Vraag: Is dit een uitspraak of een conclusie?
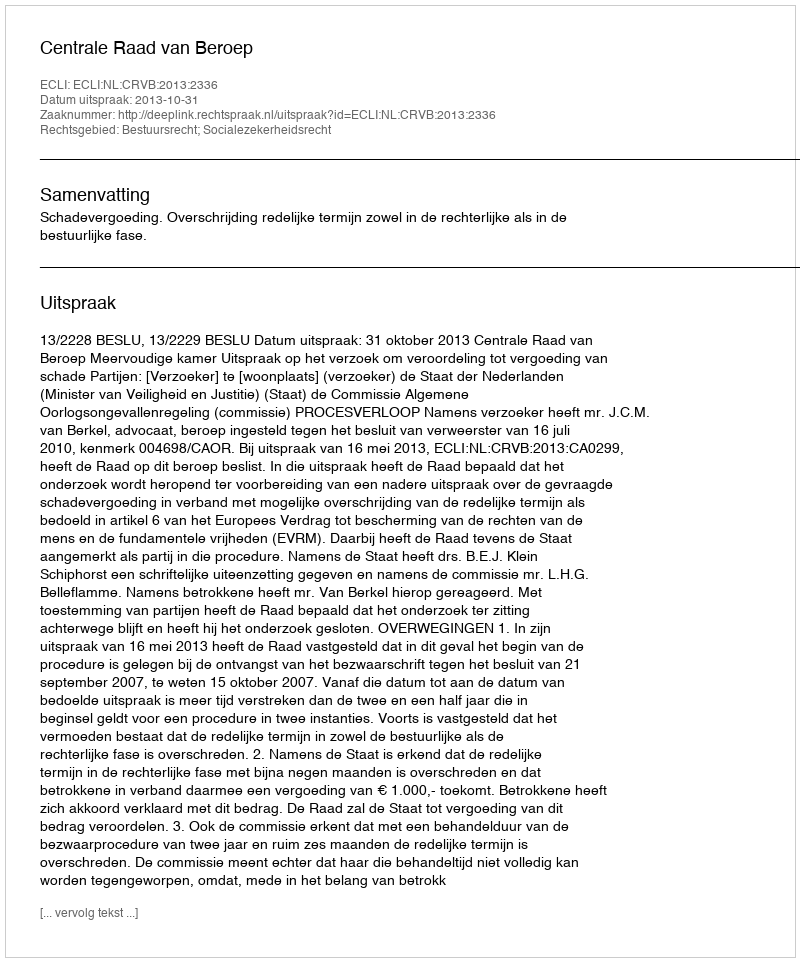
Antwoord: Uitspraak